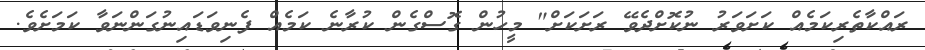
ރައްކާތެރިކަމެއް ކަށަވަރު ނުކޮށްދެވޭ ރަށަކަށް" މީހުން ގޮސްގެން ކުރާނެ ކަމެއް ފެނިވަޑައިނުގަންނަވާ ކަމަށެވެ.